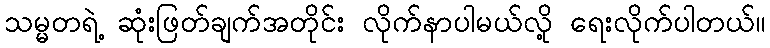
သမ္မတရဲ့ ဆုံးဖြတ်ချက်အတိုင်း လိုက်နာပါမယ်လို့ ရေးလိုက်ပါတယ်။